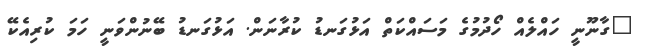
"ގާނޫނީ ހައްލެއް ހޯދުމުގެ މަސައްކަތް އަޅުގަނޑު ކުރާނަން. އަޅުގަނޑު ބޭނުންވަނީ ހަމަ ކުރިއެކޭ